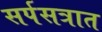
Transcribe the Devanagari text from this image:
सर्पसत्रात